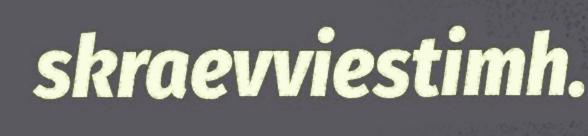
skraevviestimh.